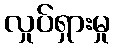
လှုပ်ရှားမှု